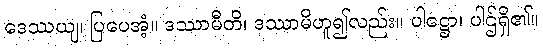
ဒေဿယျ၊ ပြပေအံ့။ ဒဿာမီတိ၊ ဒဿာမိဟူ၍လည်း။ ပါဋ္ဌော၊ ပါဌ်ရှိ၏။